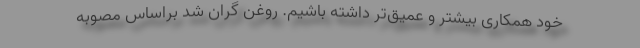
خود همکاری بیشتر و عمیق‌تر داشته باشیم. روغن گران شد براساس مصوبه